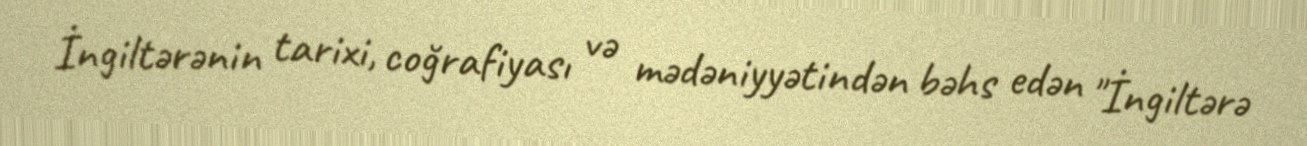
İngiltərənin tarixi, coğrafiyası və mədəniyyətindən bəhs edən "İngiltərə